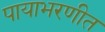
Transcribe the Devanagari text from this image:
पायाभरणीत